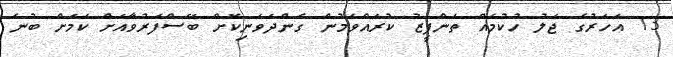
13 އަހަރުގެ ޖަލު ހުކުމެއް ތަންފީޒު ކުރައްވަމުން ގެންދަވަނިކޮށް ބޭސްފަރުވާއަށް ކަމަށް ބުނެ